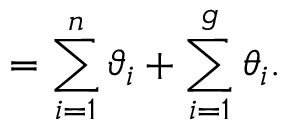
\O = \sum _ { i = 1 } ^ { n } { \vartheta _ { i } } + \sum _ { i = 1 } ^ { g } { \theta _ { i } } .